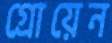
গ্রোয়েন